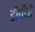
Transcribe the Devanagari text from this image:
डीपीजे